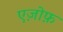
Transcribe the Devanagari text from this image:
एज़ोफ़